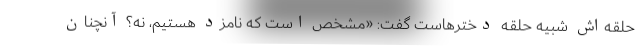
حلقه‌اش شبیه حلقه دخترهاست گفت:‌ «مشخص است که نامزد هستیم، نه؟‌ آنچنان